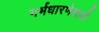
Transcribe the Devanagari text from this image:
गर्भधारणेसाठी